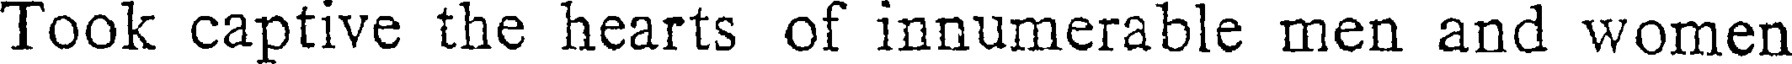
Took captive the hearts of innumerable men and women